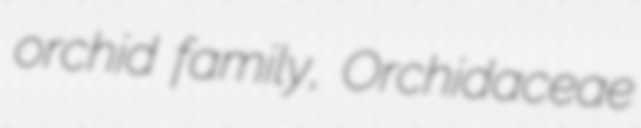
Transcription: orchid family, Orchidaceae